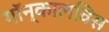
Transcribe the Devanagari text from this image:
गॉन्कालविस